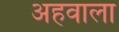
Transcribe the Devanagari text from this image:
अहवाला